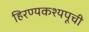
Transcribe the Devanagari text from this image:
हिरण्यकश्यपूची